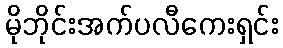
မိုဘိုင်းအက်ပလီကေးရှင်း